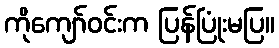
ကိုကျော်ဝင်းက ပြန်ပြုံးမပြ။